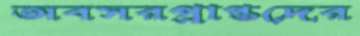
অবসরপ্রাপ্তদের